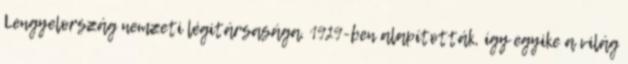
Lengyelország nemzeti légitársasága. 1929-ben alapították, így egyike a világ